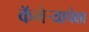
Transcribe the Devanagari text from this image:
कॅमेर्‍यापेक्षा